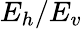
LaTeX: E_{h}/E_{v}